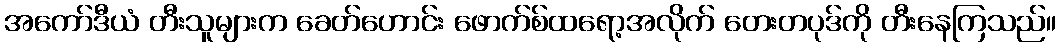
အကော်ဒီယံ တီးသူများက ခေတ်ဟောင်း ဖောက်စ်ထရော့အလိုက် တေးတပုဒ်ကို တီးနေကြသည်။